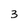
Character: 3